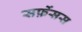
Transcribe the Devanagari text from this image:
सर्फ़ेसस